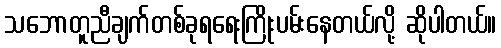
သဘောတူညီချက်တစ်ခုရရေးကြိုးပမ်းနေတယ်လို့ ဆိုပါတယ်။